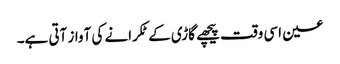
عین اسی وقت پیچھے گاڑی کے ٹکرانے کی آواز آتی ہے۔